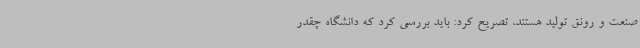
صنعت و رونق تولید هستند، تصریح کرد: باید بررسی کرد که دانشگاه چقدر